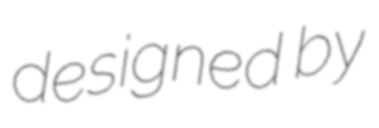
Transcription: designed by